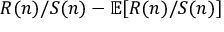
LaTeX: R ( n ) / S ( n ) - \mathbb { E } [ R ( n ) / S ( n ) ]